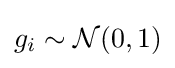
g_{i}\sim {\mathcal {N}}(0,1)